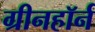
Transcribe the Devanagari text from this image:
ग्रीनहॉर्न